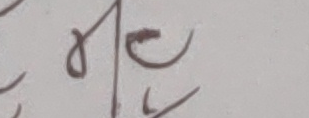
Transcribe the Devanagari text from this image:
मठ